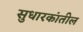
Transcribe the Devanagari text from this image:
सुधारकांतील